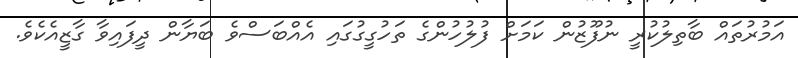
އަމުރުތައް ބާތިލުކުރީ ނުފޫޒުން ކަމަށް ފުލުހުންގެ ތަހުގީގުގައި އެއްބަސްވެ ބަޔާން ދީފައިވާ ގާޒީއެކެވެ.